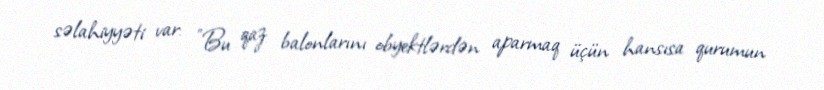
səlahiyyəti var: "Bu qaz balonlarını obyektlərdən aparmaq üçün hansısa qurumun